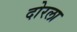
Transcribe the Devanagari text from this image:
दोरला